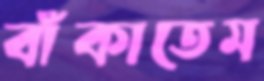
বাঁকাতেম